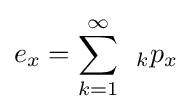
e_{x}=\sum _{k=1}^{\infty }{}\,\,\,_{k}p_{x}